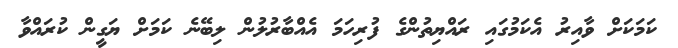
ކަމަކަށް ވާއިރު އެކަމުގައި ރައްޔިތުންގެ ފުރިހަމަ އެއްބާރުލުން ލިބޭނެ ކަމަށް ޔަގީން ކުރައްވާ